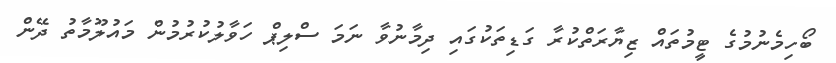
ބޯހިމެނުމުގެ ޓީމުތައް ޒިޔާރަތްކުރާ ގަޑިތަކުގައި ދިމާނުވާ ނަމަ ސްލިޕް ހަވާލުކުރުމުން މައުލޫމާތު ދޭން